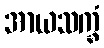
အာယသက္ခံ